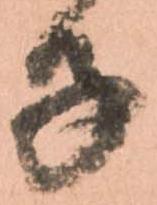
子